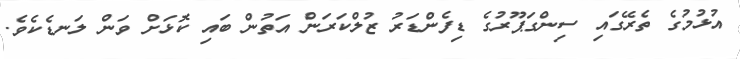
އުޅުމުގެ ތެރޭގައި ސިންގަޕޫރުގެ ޑިފެންޑަރު ޒުލްކަރަން އަތުން ބައި ކޮޅަށް ވަން ލަނޑެކެވެ.